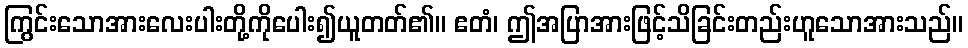
ကြွင်းသောအားလေးပါးတို့ကိုပေါး၍ယူတတ်၏။ ဧတံ၊ ဤအပြာအားဖြင့်သိခြင်းတည်းဟူသောအားသည်။